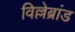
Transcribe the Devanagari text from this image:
विल्लेब्रांड